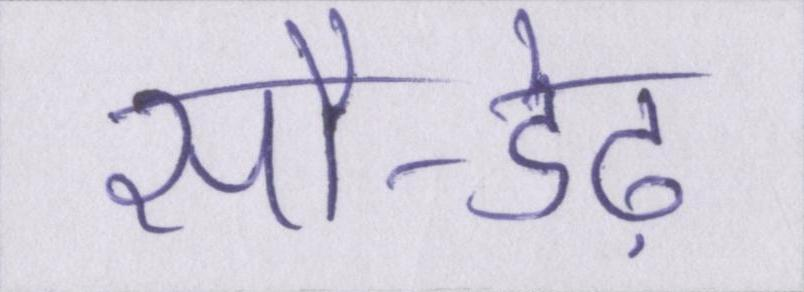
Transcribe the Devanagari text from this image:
सौ-डेढ़